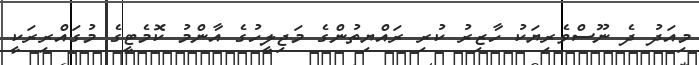
މިއަދު ދެ ނޫސްވެރިޔަކު ހާޒިރު ކުރި ރައްޔިތުންގެ މަޖިލީހުގެ އާންމު ކޮމެޓީގެ މުގައްރިރަކީ